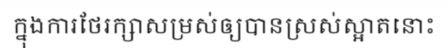
ក្នុងការថែរក្សាសម្រស់ឲ្យបានស្រស់ស្អាតនោះ